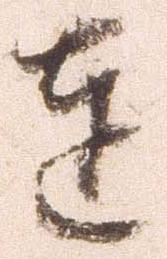
達